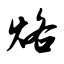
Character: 烙